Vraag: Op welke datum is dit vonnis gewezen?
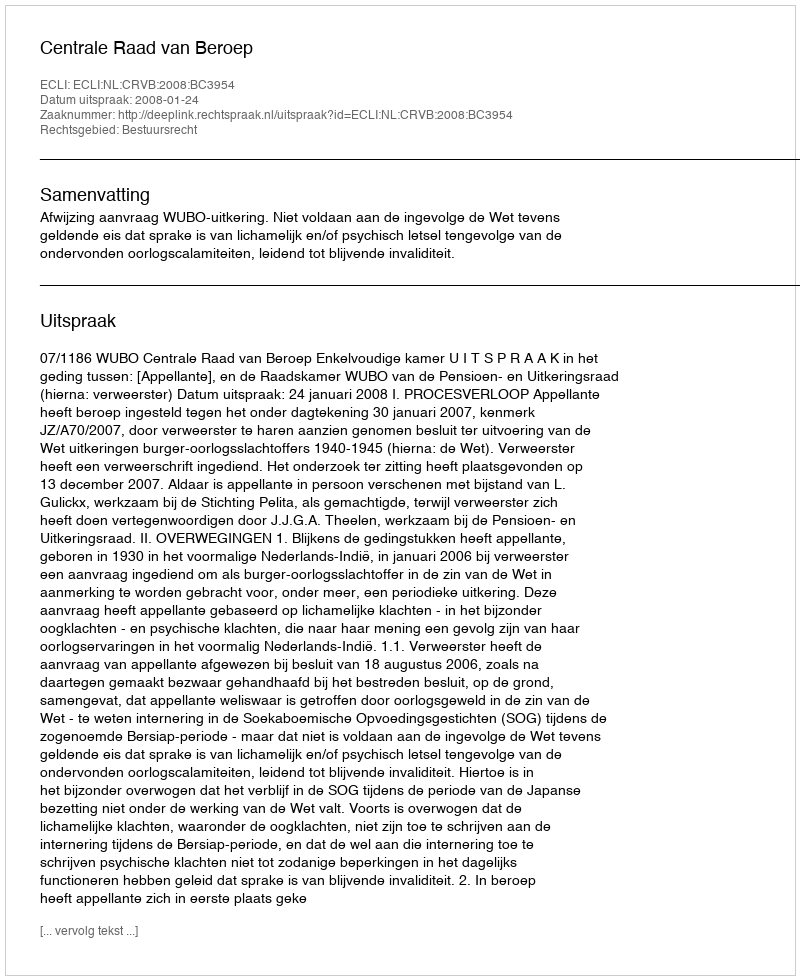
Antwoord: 2008-01-24